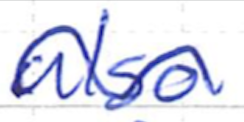
Text: also
Cross-out: wave
Writing tool: ballpoint